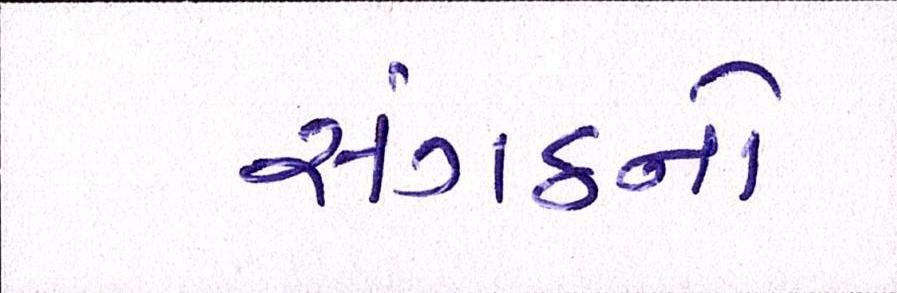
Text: સંગઠનો